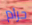
حرام